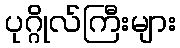
ပုဂ္ဂိုလ်ကြီးများ